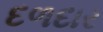
દળદાર